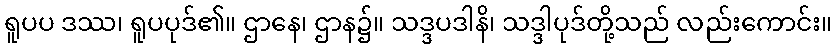
ရူပပ ဒဿ၊ ရူပပုဒ်၏။ ဌာနေ၊ ဌာန၌။ သဒ္ဒပဒါနိ၊ သဒ္ဒါပုဒ်တို့သည် လည်းကောင်း။